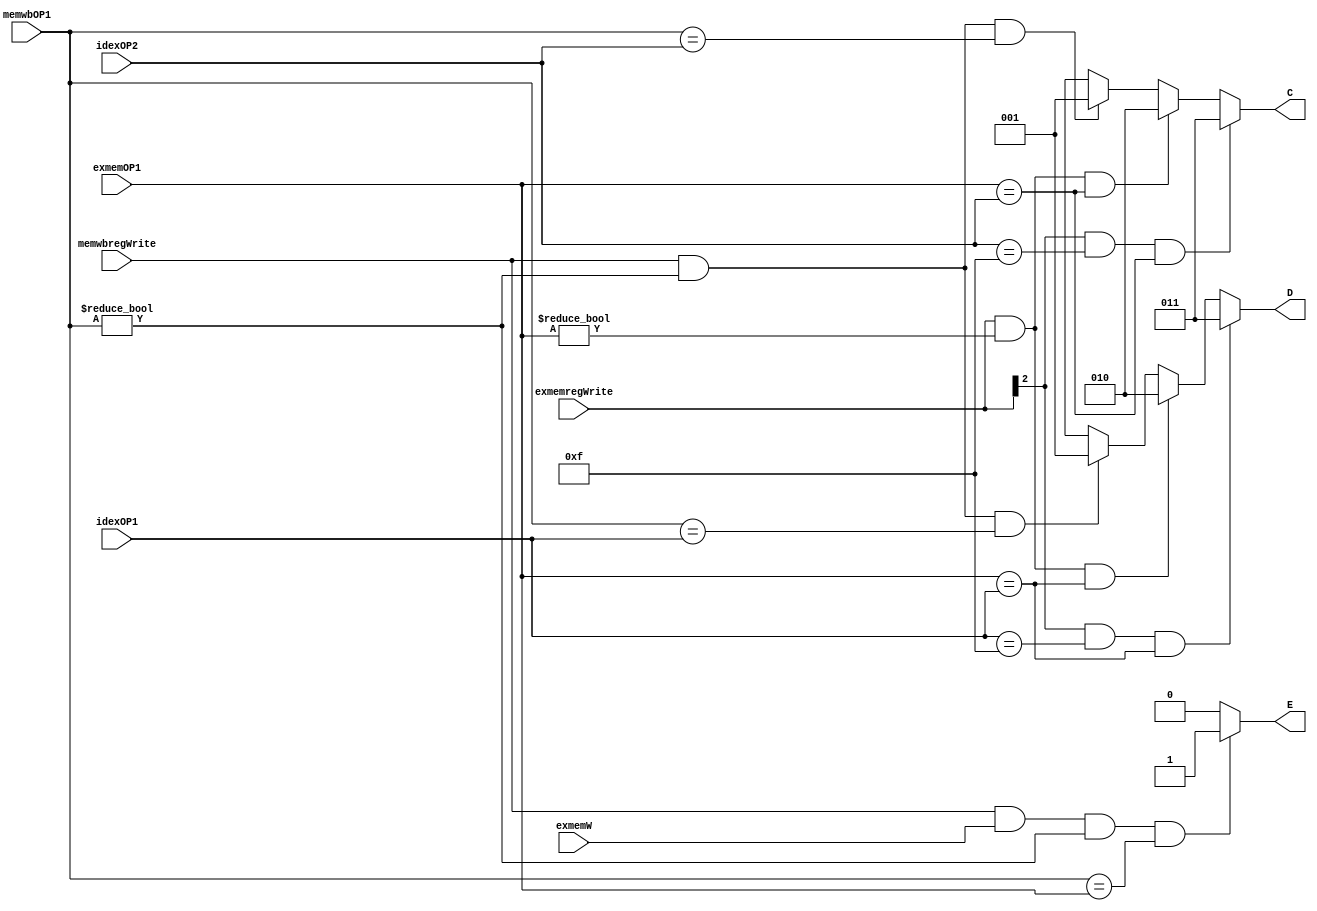
//Forwarding Unit

module forward (input [3:0] idexOP1, idexOP2, exmemOP1, memwbOP1,
		input [2:0] exmemregWrite, memwbregWrite,
		input exmemW,
		output reg [2:0] C, D,
		output reg E);

always@(*)
begin
	C = 3'bxxx;
	D = 3'bxxx;
	E = 1'b0;

	if (memwbregWrite && (memwbOP1 != 0) && (memwbOP1 == idexOP1))
		D = 3'b001;

	if (memwbregWrite && (memwbOP1 != 0) && (memwbOP1 == idexOP2))
		C = 3'b001;


	if (exmemregWrite && (exmemOP1 != 0) && (exmemOP1 == idexOP1))
		D = 3'b010;
	if (exmemregWrite && (exmemOP1 != 0) && (exmemOP1 == idexOP2))
		C = 3'b010;

	if (exmemregWrite[2] && (idexOP1 == 4'b1111) && (exmemOP1 == idexOP1))
		D = 3'b011;
	if (exmemregWrite[2] && (idexOP2 == 4'b1111) && (exmemOP1 == idexOP2))
		C = 3'b011;

	if (memwbregWrite && exmemW && (memwbOP1 != 0) && (memwbOP1 == exmemOP1))
		E = 1'b1;
end

endmodule